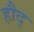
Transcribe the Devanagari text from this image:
हौद्